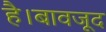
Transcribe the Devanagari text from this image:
है।बावजूद